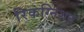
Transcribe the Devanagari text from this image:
रिकग्निशन